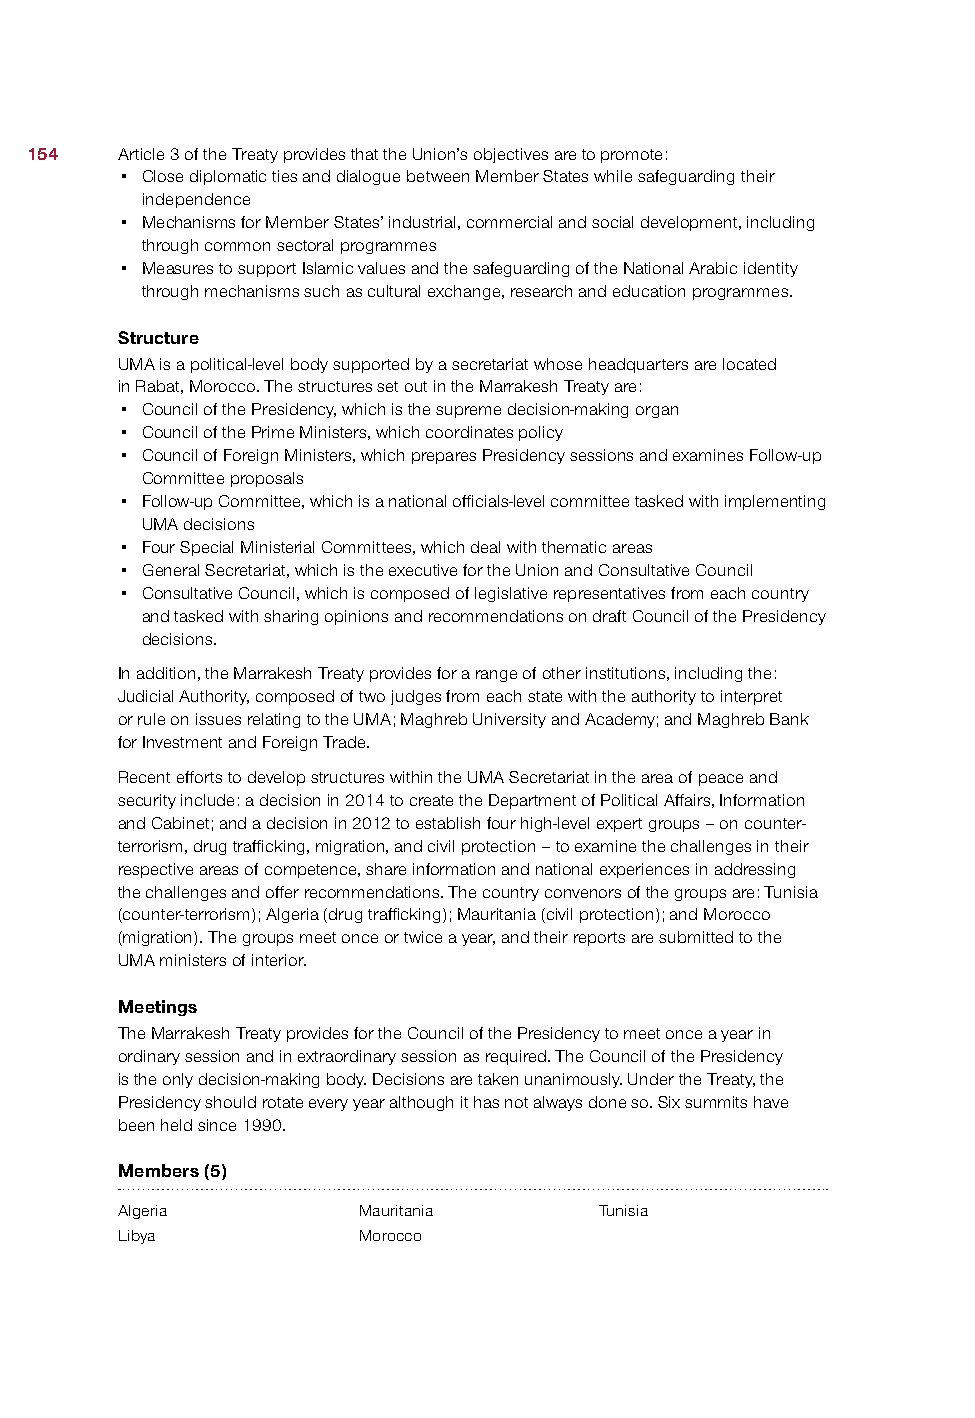
154   Article 3 of the Treaty provides that the Union’s objectives are to promote:
 • Close diplomatic ties and dialogue between Member States while safeguarding their
 independence
 • Mechanisms for Member States’ industrial, commercial and social development, including
 through common sectoral programmes
 • Measures to support Islamic values and the safeguarding of the National Arabic identity
 through mechanisms such as cultural exchange, research and education programmes.
 Structure
 UMA is a political-level body supported by a secretariat whose headquarters are located
 in Rabat, Morocco. The structures set out in the Marrakesh Treaty are:
 • Council of the Presidency, which is the supreme decision-making organ
 • Council of the Prime Ministers, which coordinates policy
 • Council of Foreign Ministers, which prepares Presidency sessions and examines Follow-up
 Committee proposals
 • Follow-up Committee, which is a national officials-level committee tasked with implementing
 UMA decisions
 • Four Special Ministerial Committees, which deal with thematic areas
 • General Secretariat, which is the executive for the Union and Consultative Council
 • Consultative Council, which is composed of legislative representatives from each country
 and tasked with sharing opinions and recommendations on draft Council of the Presidency
 decisions.
 In addition, the Marrakesh Treaty provides for a range of other institutions, including the:
 Judicial Authority, composed of two judges from each state with the authority to interpret
 or rule on issues relating to the UMA; Maghreb University and Academy; and Maghreb Bank
 for Investment and Foreign Trade.
 Recent efforts to develop structures within the UMA Secretariat in the area of peace and
 security include: a decision in 2014 to create the Department of Political Affairs, Information
 and Cabinet; and a decision in 2012 to establish four high-level expert groups – on counter-
 terrorism, drug trafficking, migration, and civil protection – to examine the challenges in their
 respective areas of competence, share information and national experiences in addressing
 the challenges and offer recommendations. The country convenors of the groups are: Tunisia
 (counter-terrorism); Algeria (drug trafficking); Mauritania (civil protection); and Morocco
 (migration). The groups meet once or twice a year, and their reports are submitted to the
 UMA ministers of interior.
 Meetings
 The Marrakesh Treaty provides for the Council of the Presidency to meet once a year in
 ordinary session and in extraordinary session as required. The Council of the Presidency
 is the only decision-making body. Decisions are taken unanimously. Under the Treaty, the
 Presidency should rotate every year although it has not always done so. Six summits have
 been held since 1990.
 Members (5)
 Algeria         Mauritania      Tunisia
 Libya           Morocco